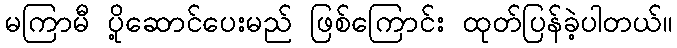
မကြာမီ ပို့ဆောင်ပေးမည် ဖြစ်ကြောင်း ထုတ်ပြန်ခဲ့ပါတယ်။